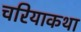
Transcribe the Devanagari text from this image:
चरियाकथा